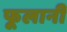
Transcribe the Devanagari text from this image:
फूलानी